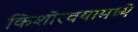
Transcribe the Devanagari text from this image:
किशोरवयामध्ये